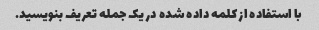
با استفاده از کلمه داده شده در یک جمله تعریف بنویسید.